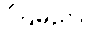
ကြမည်။